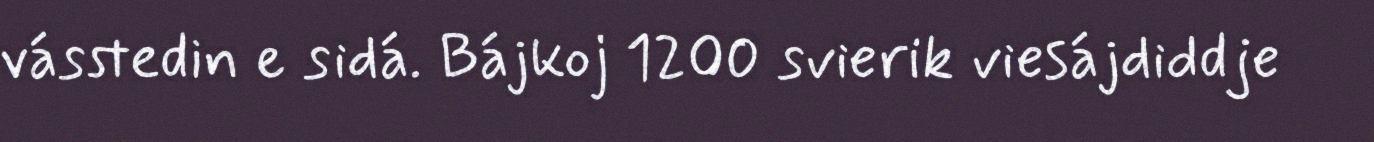
vásstedin e sidá. Bájkoj 1200 svierik viesájdiddje